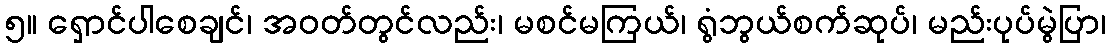
၅။ ရှောင်ပါစေချင်၊ အဝတ်တွင်လည်း၊ မစင်မကြယ်၊ ရွံဘွယ်စက်ဆုပ်၊ မည်းပုပ်မွဲပြာ၊